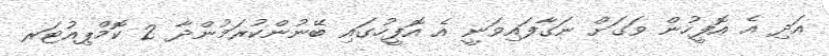
އަދި އެ އޮފީހުން ވަގަށް ނަގާފައިވަނީ އެ އޮފީހުގައި ބޭނުންކުރަމުންދާ 2 ކޮމްޕިއުޓަރ